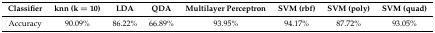
<table><thead><tr><td><b>Classifier</b></td><td><b>knn (k = 10)</b></td><td><b>LDA</b></td><td><b>QDA</b></td><td><b>Multilayer Perceptron</b></td><td><b>SVM (rbf)</b></td><td><b>SVM (poly)</b></td><td><b>SVM (quad)</b></td></tr></thead><tbody><tr><td>Accuracy</td><td>90.09%</td><td>86.22%</td><td>66.89%</td><td>93.95%</td><td>94.17%</td><td>87.72%</td><td>93.05%</td></tr></tbody></table>